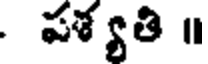
పశ్యతి ॥